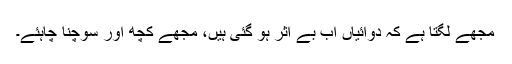
مجھے لگتا ہے کہ دوائیاں اب بے اثر ہو گئی ہیں، مجھے کچھ اور سوچنا چاہئے۔